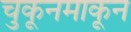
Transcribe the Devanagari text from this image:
चुकूनमाकून